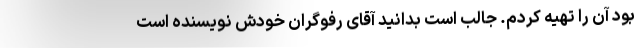
بود آن را تهیه کردم. جالب است بدانید آقای رفوگران خودش نویسنده است